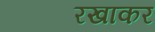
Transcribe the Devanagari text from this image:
रखाकर